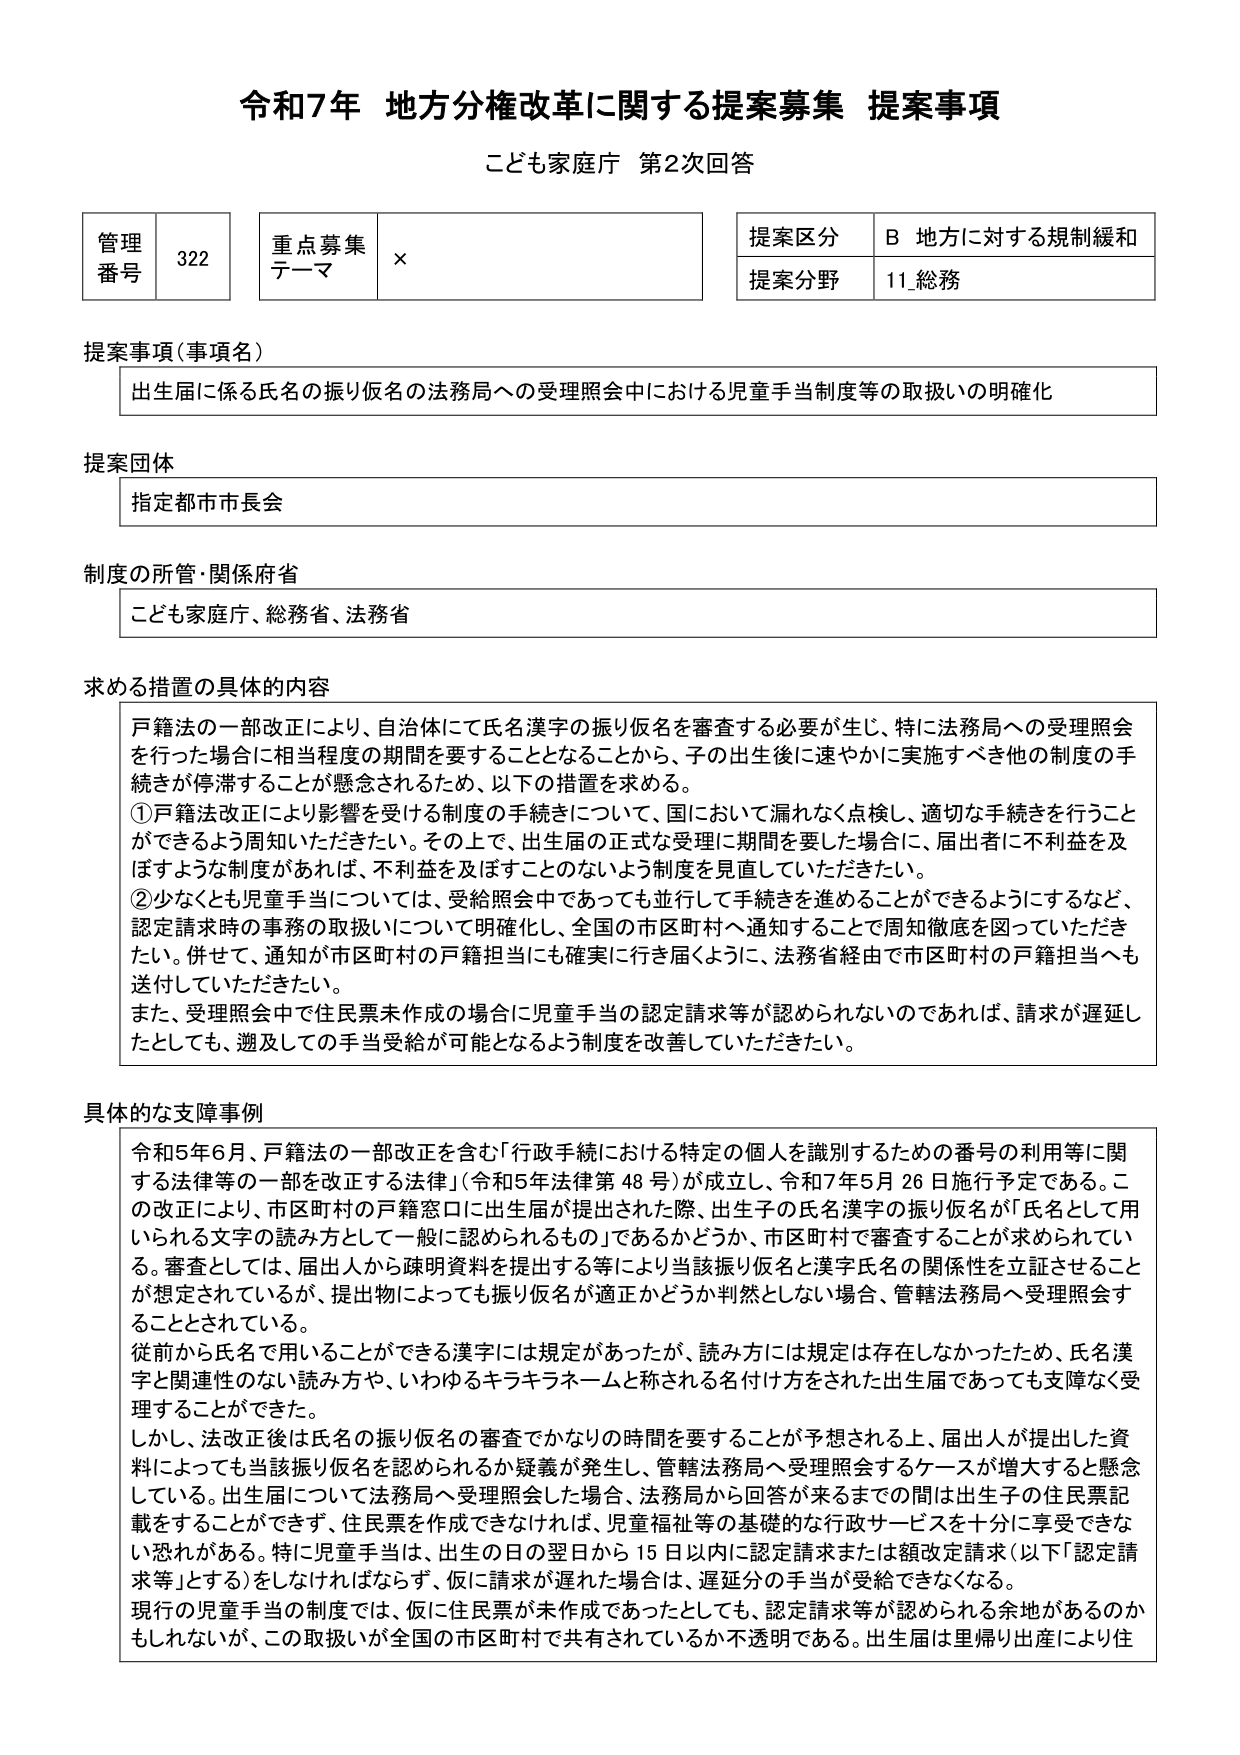
令和7年 地方分権改革に関する提案募集 提案事項
こども家庭庁 第2次回答

管理番号 322
重点募集テーマ ×
提案区分 B 地方に対する規制緩和
提案分野 11.総務

提案事項（事項名）
出生届に係る氏名の振り仮名の法務局への受理照会中における児童手当制度等の取扱いの明確化

提案団体
指定都市市長会

制度の所管・関係府省
こども家庭庁、総務省、法務省

求める措置の具体的内容
戸籍法の一部改正により、自治体にて氏名漢字の振り仮名を審査する必要が生じ、特に法務局への受理照会を行った場合に相当程度の期間を要することとなることから、子の出生後に速やかに実施すべき他の制度の手続きが停滞することが懸念されるため、以下の措置を求める。
①戸籍法改正により影響を受ける制度の手続きについて、国において漏れなく点検し、適切な手続きを行うことができるよう周知いただきたい。その上で、出生届の正式な受理に期間を要した場合に、届出者に不利益を及ぼすような制度があれば、不利益を及ぼすことのないよう制度を見直していただきたい。
②少なくとも児童手当については、受給照会中であっても並行して手続きを進めることができるようにするなど、認定請求時の事務の取扱いについて明確化し、全国の市区町村へ通知することで周知徹底を図っていただきたい。併せて、通知が市区町村の戸籍担当にも確実に行き届くように、法務省経由で市区町村の戸籍担当へも送付していただきたい。
また、受理照会中で住民票未作成の場合に児童手当の認定請求等が認められないのであれば、請求が遅延したとしても、遡及しての手当受給が可能となるよう制度を改善していただきたい。

具体的な支障事例
令和5年6月、戸籍法の一部改正を含む「行政手続における特定の個人を識別するための番号の利用等に関する法律等の一部を改正する法律」（令和5年法律第48号）が成立し、令和7年5月26日施行予定である。この改正により、市区町村の戸籍窓口に出生届が提出された際、出生子の氏名漢字の振り仮名が「氏名として用いられる文字の読み方として一般に認められるもの」であるかどうか、市区町村で審査することが求められている。審査としては、届出人から疎明資料を提出する等により当該振り仮名と漢字氏名の関係性を立証させることが想定されているが、提出物によっても振り仮名が適正かどうか判然としない場合、管轄法務局へ受理照会することとされている。
従前から氏名で用いることができる漢字には規定があったが、読み方には規定は存在しなかったため、氏名漢字と関連性のない読み方や、いわゆるキラキラネームと称される名付けをされた出生届であっても支障なく受理することができた。
しかし、法改正後は氏名の振り仮名の審査でかなりの時間を要することが予想される上、届出人が提出した資料によっても当該振り仮名を認められるか疑義が発生し、管轄法務局へ受理照会するケースが増大すると懸念している。出生届について法務局へ受理照会した場合、法務局から回答が来るまでの間は出生子の住民票記載をすることができず、住民票を作成できなければ、児童福祉等の基礎的な行政サービスを十分に享受できない恐れがある。特に児童手当は、出生の日の翌日から15日以内に認定請求または額改定請求（以下「認定請求等」とする）をしなければならず、仮に請求が遅れた場合は、遅延分の手当が受給できなくなる。
現行の児童手当の制度では、仮に住民票が未作成であったとしても、認定請求等が認められる余地があるのかもしれないが、この取扱いが全国の市区町村で共有されているか不透明である。出生届は里帰り出産により住